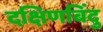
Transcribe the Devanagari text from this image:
दक्षिणबिंदु